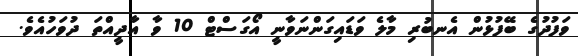
ވަފުދުގެ ބޭފުޅުން އެނބުރި މާލެ ވަޑައިގަންނަވާނީ އޯގަސްޓް 10 ވާ އާދީއްތަ ދުވަހުއެވެ.